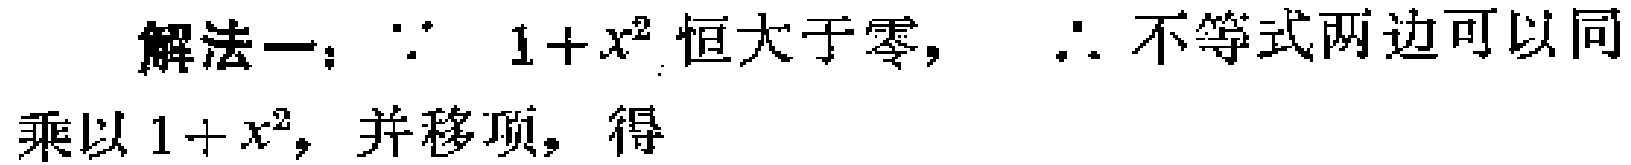
解法一：$\because\ 1 + x^{2}$恒大于零，$\therefore$不等式两边可以同乘以$1 + x^{2}$，并移项，得